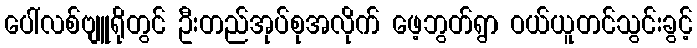
ပေါ်လစ်ဗျူရိုတွင် ဦးတည်အုပ်စုအလိုက် ဖေ့ဘွတ်ရွာ ဝယ်ယူတင်သွင်းခွင့်